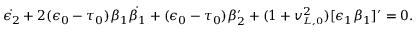
\dot { \epsilon _ { 2 } } + 2 ( \epsilon _ { 0 } - \tau _ { 0 } ) \beta _ { 1 } \dot { \beta _ { 1 } } + ( \epsilon _ { 0 } - \tau _ { 0 } ) \beta _ { 2 } ^ { \prime } + ( 1 + v _ { \scriptscriptstyle L , 0 } ^ { 2 } ) [ \epsilon _ { 1 } \beta _ { 1 } ] ^ { \prime } = 0 .